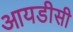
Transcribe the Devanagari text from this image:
आयडीसी